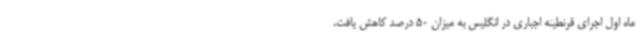
ماه اول اجرای قرنطینه اجباری در انگلیس به میزان 50 درصد کاهش یافت.